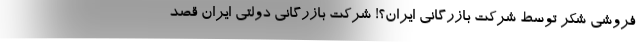
فروشی شکر توسط شرکت بازرگانی ایران؟! شرکت بازرگانی دولتی ایران قصد